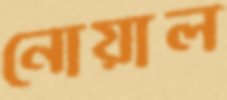
নোয়াল